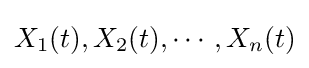
X_{1}(t),X_{2}(t),\cdots ,X_{n}(t)